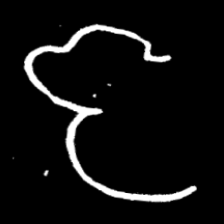
Pyu character \u2014 Myanmar letter: ဇ (romanized: ja)